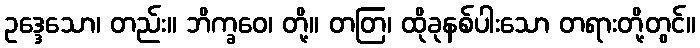
ဥဒ္ဒေသော၊ တည်း။ ဘိက္ခဝေ၊ တို့။ တတြ၊ ထိုခုနစ်ပါးသော တရားတို့တွင်။